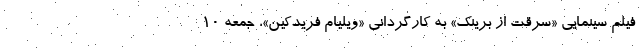
فیلم سینمایی «سرقت از برینک» به کارگردانی «ویلیام فریدکین»، جمعه ۱۰